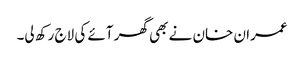
عمران خان نے بھی گھر آئے کی لاج رکھ لی۔